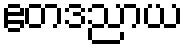
ဧတဒညာယ